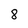
Character: 8